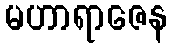
မဟာရာဇေန